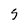
Character: 5